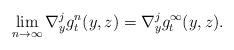
LaTeX: \begin{align*}\lim_{n\to\infty}\nabla^j_yg^n_t(y,z)=\nabla^j_yg^\infty_t(y,z).\end{align*}